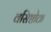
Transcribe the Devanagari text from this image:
वसिष्ठोक्त